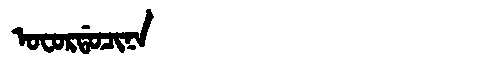
Manchu: ᠣᠸᠣᡵᡩᠣᠴᡳᠨᠠ
Romanization: OFORDOCINA